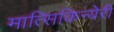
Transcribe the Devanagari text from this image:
मात्सिकिन्येरी